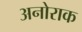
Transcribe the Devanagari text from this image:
अनोराक